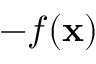
- f ( \mathbf { x } )